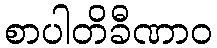
စာပါတိခီဏာဝ